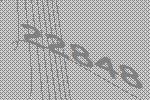
22848